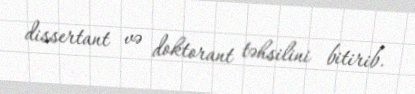
dissertant və doktorant təhsilini bitirib.